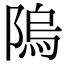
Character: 隖